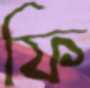
ফি